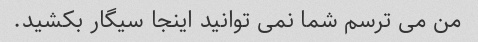
من می ترسم شما نمی توانید اینجا سیگار بکشید.